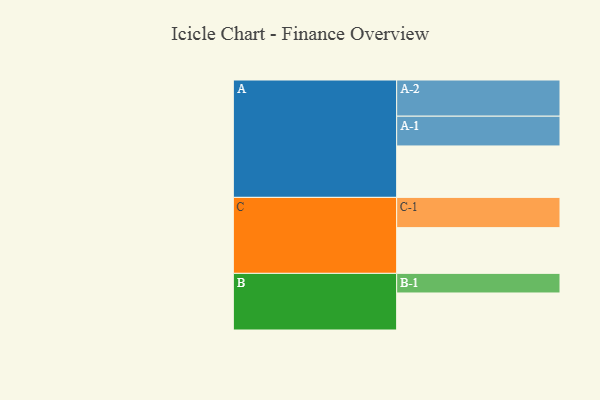
{"axis": {"x": "Segment", "y": "Value"}, "legend": ["", "A", "B", "C"], "data": [{"x": "A", "y": 425, "type": ""}, {"x": "B", "y": 306, "type": ""}, {"x": "C", "y": 378, "type": ""}, {"x": "A-1", "y": 246, "type": "A"}, {"x": "A-2", "y": 299, "type": "A"}, {"x": "B-1", "y": 162, "type": "B"}, {"x": "C-1", "y": 250, "type": "C"}]}